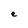
Character: e